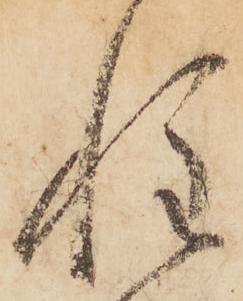
惶